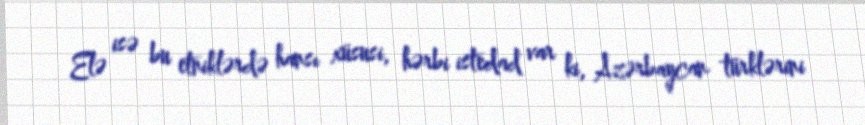
Elə isə bu etniklərdə hansı xüsusi, hərbi istedad var ki, Azərbaycan türklərini